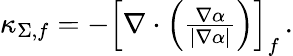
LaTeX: \begin{array}{r}{\kappa_{\Sigma,f}=-\left[\nabla\cdot\left(\frac{\nabla\alpha}{|\nabla\alpha|}\right)\right]_{f}\, .}\end{array}